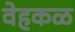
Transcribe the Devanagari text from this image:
वेहकळ